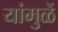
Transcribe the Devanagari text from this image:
यांमुळें